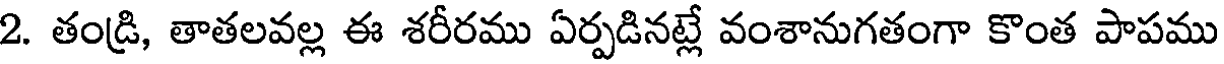
2. తండ్రి, తాతలవల్ల ఈ శరీరము ఏర్పడినట్లే వంశానుగతంగా కొంత పాపము